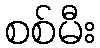
စစ်မီး